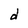
Character: d